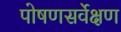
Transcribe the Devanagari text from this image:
पोषणसर्वेक्षण